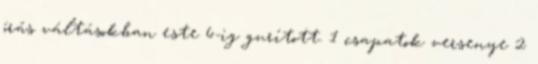
órás váltásokban este 6-ig gurított. 1 csapatok versenye 2